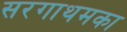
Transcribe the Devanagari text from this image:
सरगाथमका